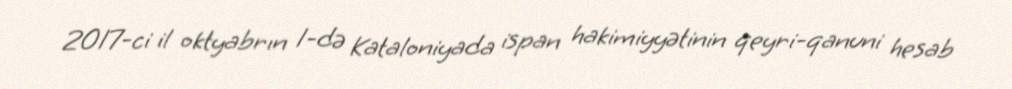
2017-ci il oktyabrın 1-də Kataloniyada ispan hakimiyyətinin qeyri-qanuni hesab